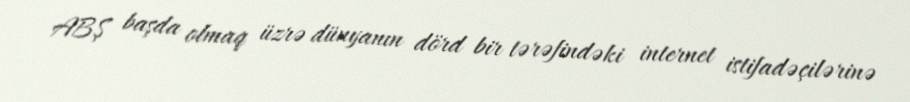
ABŞ başda olmaq üzrə dünyanın dörd bir tərəfindəki internet istifadəçilərinə